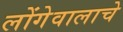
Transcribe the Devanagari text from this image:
लोंगेवालाचे